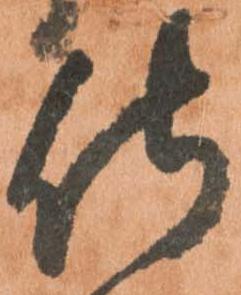
侍